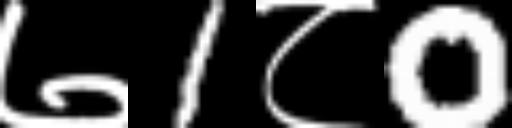
Text: ७1८0